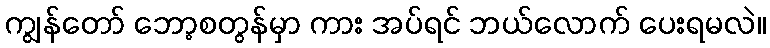
ကျွန်တော် ဘော့စတွန်မှာ ကား အပ်ရင် ဘယ်လောက် ပေးရမလဲ။